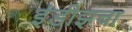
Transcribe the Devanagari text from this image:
इंडीझचा